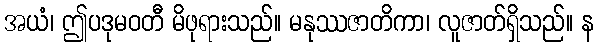
အယံ၊ ဤပဒုမဝတီ မိဖုရားသည်။ မနုဿဇာတိကာ၊ လူဇာတ်ရှိသည်။ န